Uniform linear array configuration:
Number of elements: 16
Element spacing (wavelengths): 0.25
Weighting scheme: binomial
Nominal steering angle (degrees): -30
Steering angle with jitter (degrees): -28.609
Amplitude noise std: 0.05
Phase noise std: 0.05

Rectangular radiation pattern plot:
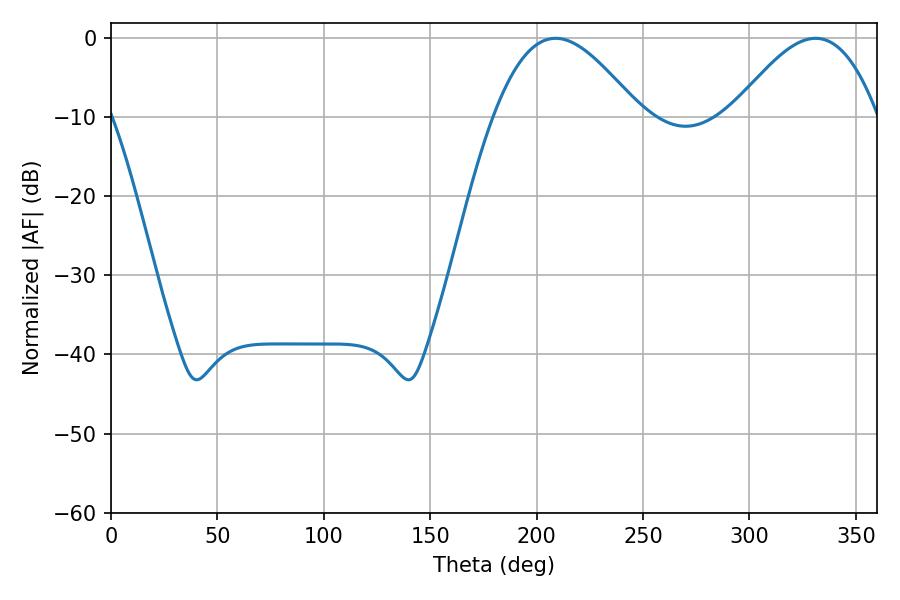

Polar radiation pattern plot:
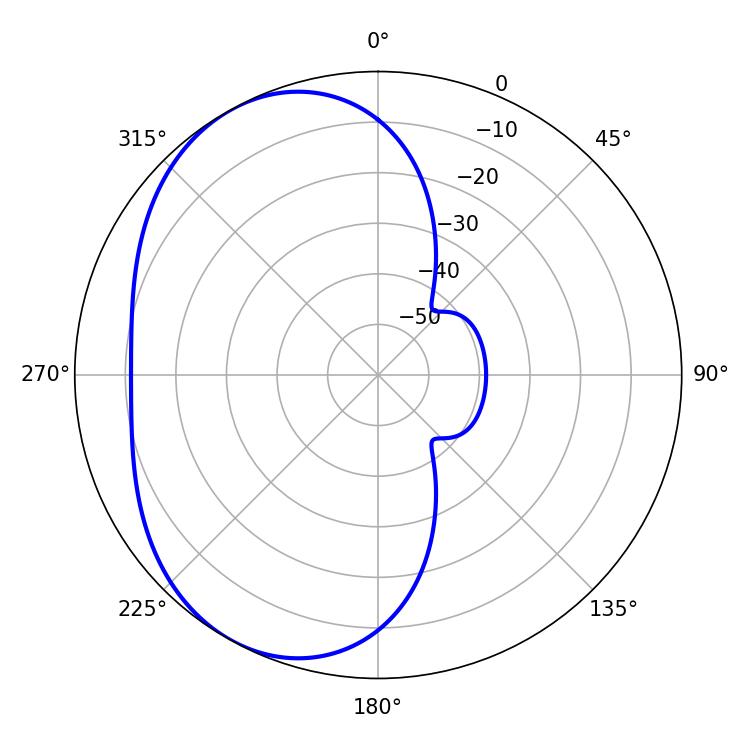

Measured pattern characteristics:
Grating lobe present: FALSE
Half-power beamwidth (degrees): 36.9
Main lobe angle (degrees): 208.98